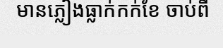
មានភ្លៀងធ្លាក់កក់ខែ ចាប់ពី